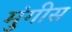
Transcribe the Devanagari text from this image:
मुंगीस